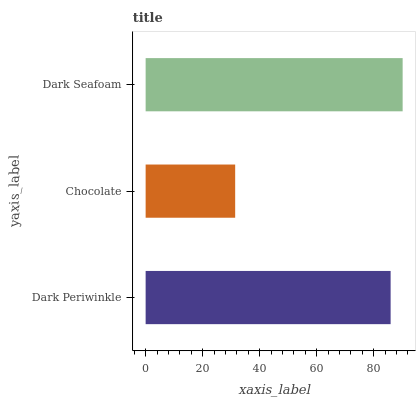
| yaxis_label | bars |
 | --- | --- |
 | Dark Periwinkle | 85.9 |
 | Chocolate | 31.4 |
 | Dark Seafoam | 90.2 |